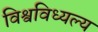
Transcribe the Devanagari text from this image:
विश्वविध्यल्य